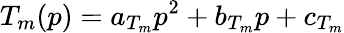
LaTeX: T_{m}(p)=a_{T_{m}}p^{2}+b_{T_{m}}p+c_{T_{m}}